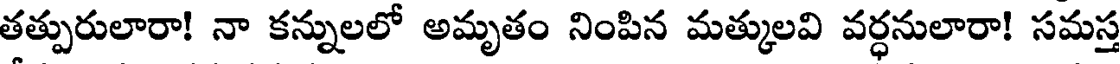
తత్పురులారా! నా కన్నులలో అమృతం నింపిన మత్కులవి వర్ధనులారా! సమస్త